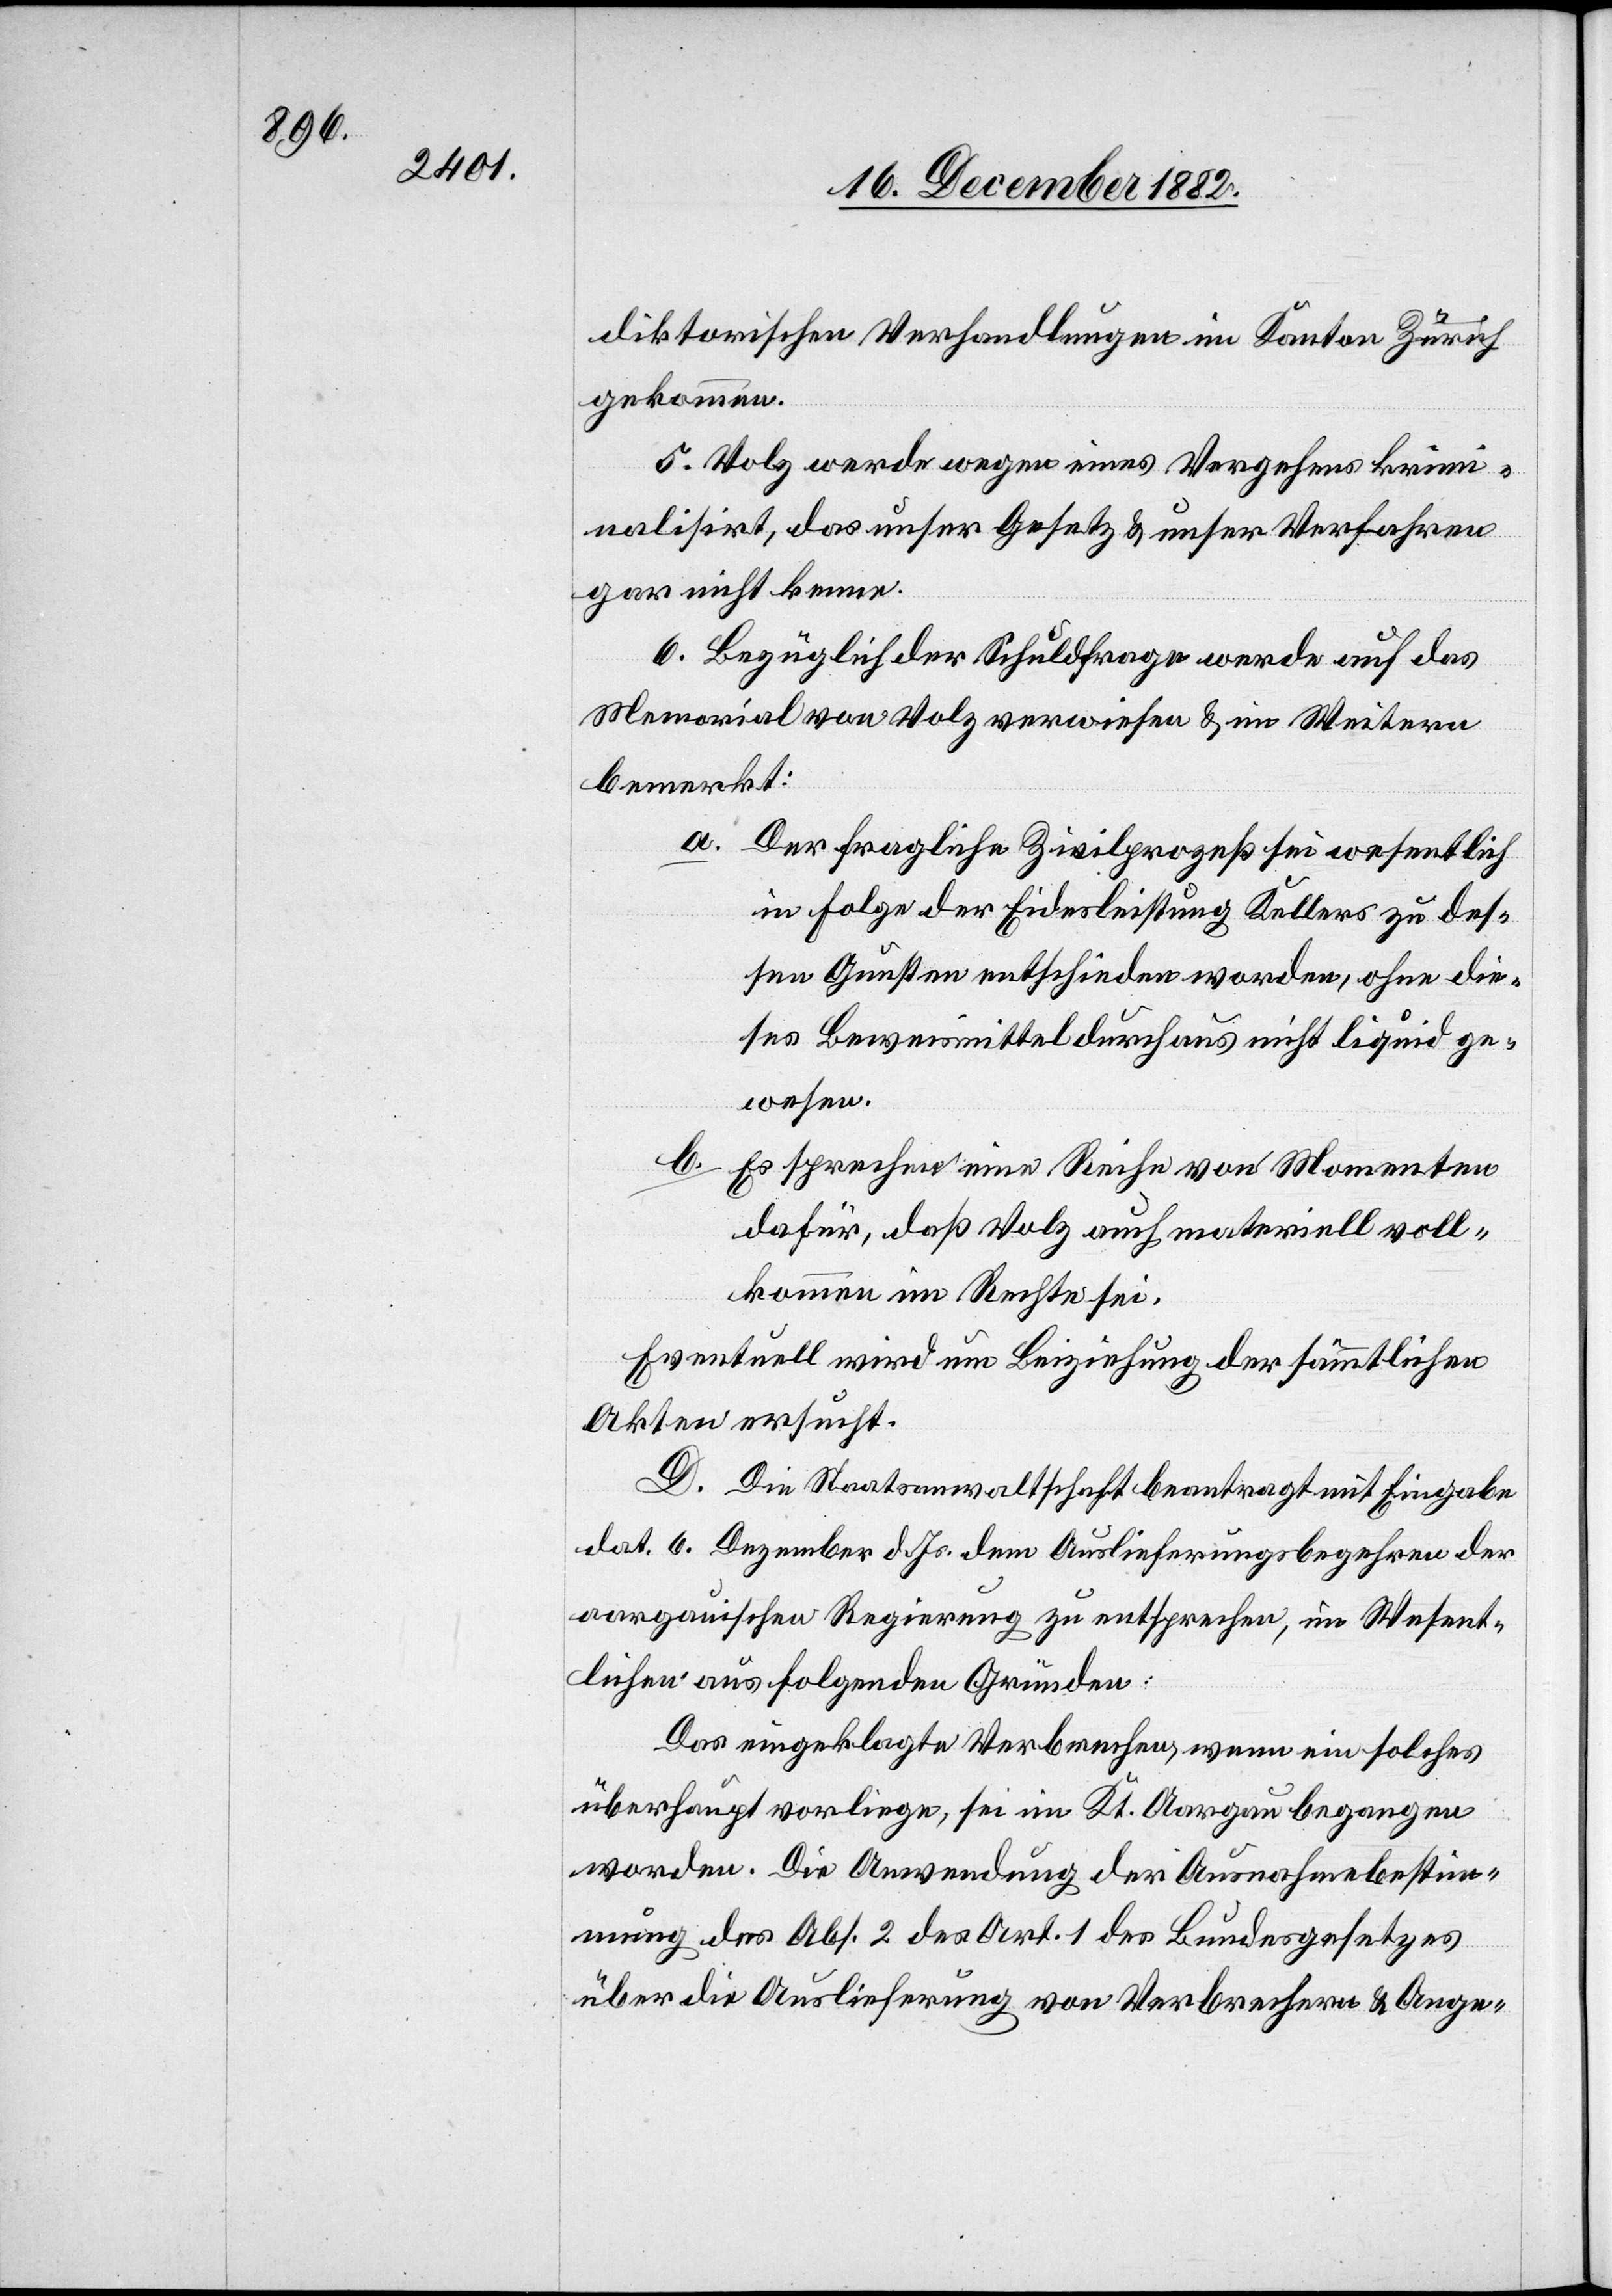
diktorischen Verhandlungen im Kanton Zürich
gekommen.
5. Volz werde wegen eines Vergehens krim¬
inalisirt, das unser Gesetz & unser Verfahren
gar nicht kenne.
6. Bezüglich der Schuldfrage werde auf das
Memorial von Volz verwiesen & im Weitern
bemerkt:
a. Der fragliche Zivilprozeß sei wesentlich
in Folge der Eidesleistung Kellers zu des¬
sen Gunsten entschieden worden, ohne die¬
ses Beweismittel durchaus nicht liquid ge¬
wesen.
b. Es spreche eine Reihe von Momenten
dafür, daß Volz auch materiell voll¬
kommen im Rechte sei.
Eventuell wird um Beiziehung der sämmtlichen
Akten ersucht.
D. Die Staatsanwaltschaft beantragt mit Eingabe
dat. 6. Dezember d. Js. dem Auslieferungsbegehren der
aargauischen Regierung zu entsprechen, im Wesent¬
lichen aus folgenden Gründen:
Das eingeklagte Verbrechen, wenn ein solches
überhaupt vorliege, sei im Kt. Aargau begangen
worden. Die Anwendung der Ausnahmebestim¬
mung des Abs. 3 des Art. 1 des Bundesgesetzes
über die Auslieferung von Verbrechern & Ange-